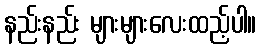
နည်းနည်း များများလေးထည့်ပါ။